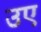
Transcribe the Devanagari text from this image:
उए